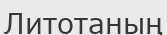
Литотаның